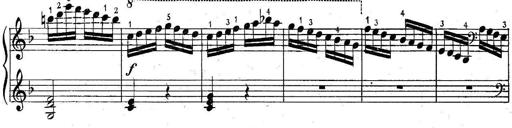
Title: 6 Easy Sonatinas
Composer: Carl Czerny